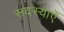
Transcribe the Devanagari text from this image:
सदस्याएँ